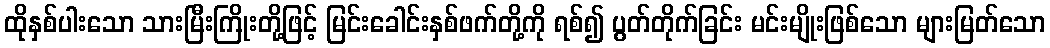
ထိုနှစ်ပါးသော သားမြီးကြိုးတို့ဖြင့် မြင်းခေါင်းနှစ်ဖက်တို့ကို ရစ်၍ ပွတ်တိုက်ခြင်း မင်းမျိုးဖြစ်သော များမြတ်သော